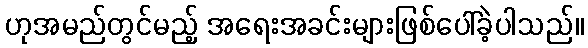
ဟုအမည်တွင်မည့် အရေးအခင်းများဖြစ်ပေါ်ခဲ့ပါသည်။